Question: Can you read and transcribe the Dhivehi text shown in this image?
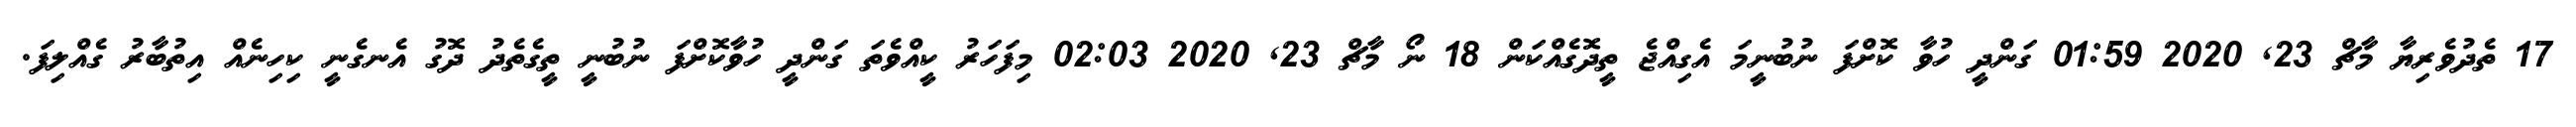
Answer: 17 ތެދުވެރިޔާ މާޗް 23, 2020 01:59 ގަންދީ ހުވާ ކޮށްފަ ނުބުނީމަ އެގިއްޖެ ތީދޮގެއްކަން 18 ނޯ މާޗް 23, 2020 02:03 މިފަހަރު ކީއްވެތަ ގަންދީ ހުވާކޮށްފަ ނުބުނީ ތީގެތެދު ދޮގު އެނގެނީ ކިހިނެއް އިތުބާރު ގެއްލިފަ.